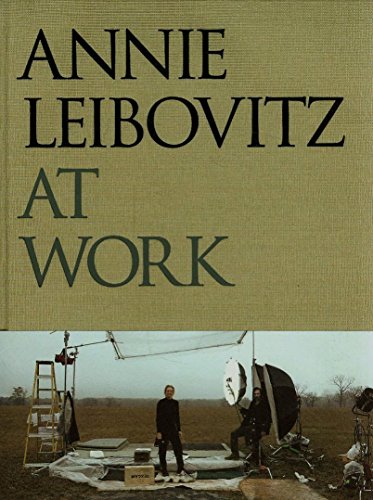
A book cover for Annie Leibovitz at Work; Annie Leibovitz; Arts & Photography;